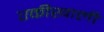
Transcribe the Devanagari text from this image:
एकीखाली